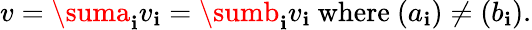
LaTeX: v=\suma_{\mathbf{i}}v_{\mathbf{i}}=\sumb_{\mathbf{i}}v_{\mathbf{i}}{\mathrm{{~where~}}}(a_{\mathbf{i}})\neq(b_{\mathbf{i}}).